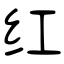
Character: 红